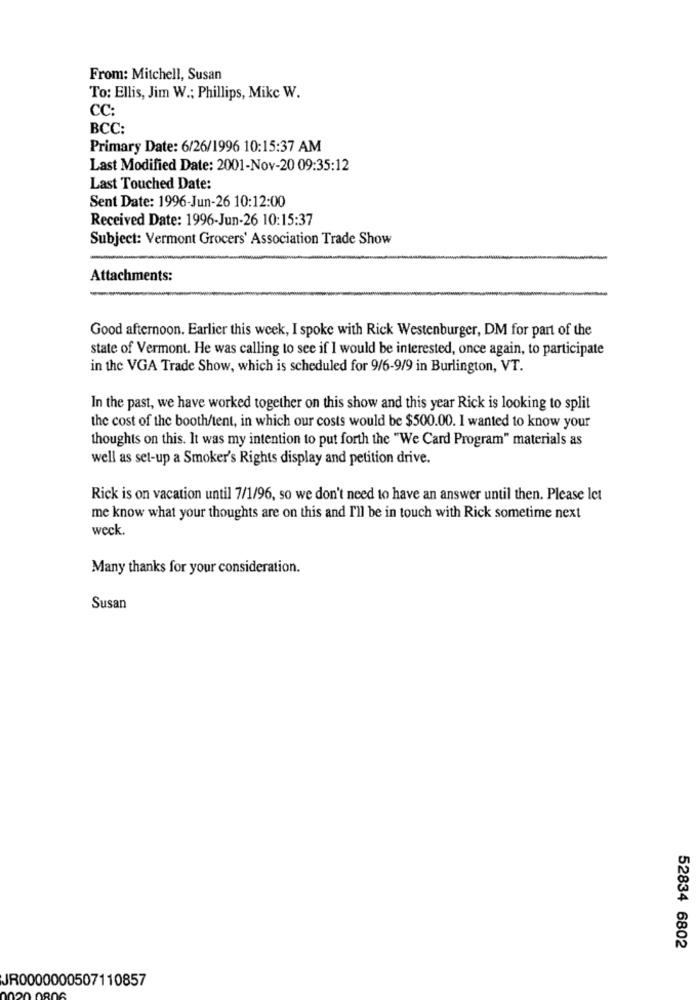
From: Mitchell, Susan
To: Ellis, Jim W .; Phillips, Mike W.
CC:
BCC:
Primary Date: 6/26/1996 10:15:37 AM
Last Modified Date: 2001-Nov-20 09:35:12
Last Touched Date:
Sent Date: 1996-Jun-26 10:12:00
Received Date: 1996-Jun-26 10:15:37
Subject: Vermont Grocers' Association Trade Show
Attachments:
Good afternoon. Earlier this week, I spoke with Rick Westenburger, DM for part of the
state of Vermont. He was calling to see if I would be interested, once again, to participate
in the VGA Trade Show, which is scheduled for 9/6-9/9 in Burlington, VT.
In the past, we have worked together on this show and this year Rick is looking to split
the cost of the booth/tent, in which our costs would be $500.00. I wanted to know your
thoughts on this. It was my intention to put forth the "We Card Program" materials as
well as set-up a Smoker's Rights display and petition drive.
Rick is on vacation until 7/1/96, so we don't need to have an answer until then. Please let
me know what your thoughts are on this and I'll be in touch with Rick sometime next
weck
Many thanks for your consideration.
Susan
52834 6802
JR0000000507110857